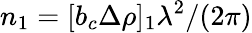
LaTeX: n_{1}=[b_{c}\Delta\rho]_{1}\lambda^{2}/(2\pi)